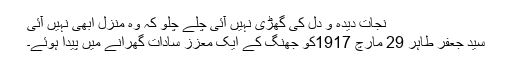
نجات دیدہ و دل کی گھڑی نہیں آئی چلے چلو کہ وہ منزل ابھی نہیں آئی
سید جعفر طاہر 29 مارچ 1917کو جھنگ کے ایک معزز سادات گھرانے میں پیدا ہوئے۔